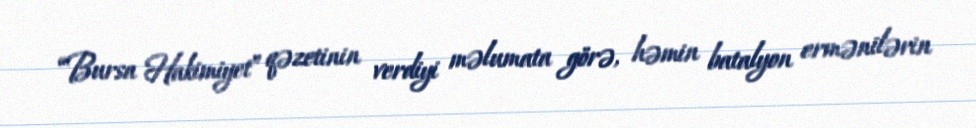
“Bursa Hakimiyet” qəzetinin verdiyi məlumata görə, həmin batalyon ermənilərin